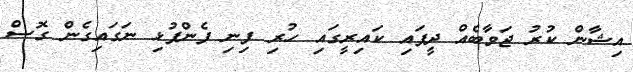
އިޝާން ކުރު ޖަވާބެއް ދީފައި ކައިރީގައި ހުރި ފިނި ފެންފުޅި ނަގައިގެން ގޮސް